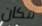
مكان